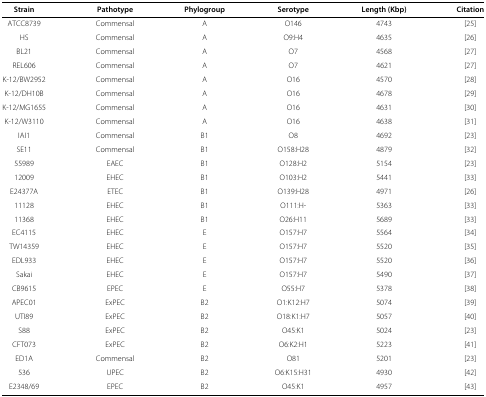
<table><thead><tr><td><b>Strain</b></td><td><b>Pathotype</b></td><td><b>Phylogroup</b></td><td><b>Serotype</b></td><td><b>Length (Kbp)</b></td><td><b>Citation</b></td></tr></thead><tbody><tr><td>ATCC8739</td><td>Commensal</td><td>A</td><td>O146</td><td>4743</td><td>[25]</td></tr><tr><td>HS</td><td>Commensal</td><td>A</td><td>O9:H4</td><td>4635</td><td>[26]</td></tr><tr><td>BL21</td><td>Commensal</td><td>A</td><td>O7</td><td>4568</td><td>[27]</td></tr><tr><td>REL606</td><td>Commensal</td><td>A</td><td>O7</td><td>4621</td><td>[27]</td></tr><tr><td>K-12/BW2952</td><td>Commensal</td><td>A</td><td>O16</td><td>4570</td><td>[28]</td></tr><tr><td>K-12/DH10B</td><td>Commensal</td><td>A</td><td>O16</td><td>4678</td><td>[29]</td></tr><tr><td>K-12/MG1655</td><td>Commensal</td><td>A</td><td>O16</td><td>4631</td><td>[30]</td></tr><tr><td>K-12/W3110</td><td>Commensal</td><td>A</td><td>O16</td><td>4638</td><td>[31]</td></tr><tr><td>IAI1</td><td>Commensal</td><td>B1</td><td>O8</td><td>4692</td><td>[23]</td></tr><tr><td>SE11</td><td>Commensal</td><td>B1</td><td>O158:H28</td><td>4879</td><td>[32]</td></tr><tr><td>55989</td><td>EAEC</td><td>B1</td><td>O128:H2</td><td>5154</td><td>[23]</td></tr><tr><td>12009</td><td>EHEC</td><td>B1</td><td>O103:H2</td><td>5441</td><td>[33]</td></tr><tr><td>E24377A</td><td>ETEC</td><td>B1</td><td>O139:H28</td><td>4971</td><td>[26]</td></tr><tr><td>11128</td><td>EHEC</td><td>B1</td><td>O111:H-</td><td>5363</td><td>[33]</td></tr><tr><td>11368</td><td>EHEC</td><td>B1</td><td>O26:H11</td><td>5689</td><td>[33]</td></tr><tr><td>EC4115</td><td>EHEC</td><td>E</td><td>O157:H7</td><td>5564</td><td>[34]</td></tr><tr><td>TW14359</td><td>EHEC</td><td>E</td><td>O157:H7</td><td>5520</td><td>[35]</td></tr><tr><td>EDL933</td><td>EHEC</td><td>E</td><td>O157:H7</td><td>5520</td><td>[36]</td></tr><tr><td>Sakai</td><td>EHEC</td><td>E</td><td>O157:H7</td><td>5490</td><td>[37]</td></tr><tr><td>CB9615</td><td>EPEC</td><td>E</td><td>O55:H7</td><td>5378</td><td>[38]</td></tr><tr><td>APEC01</td><td>ExPEC</td><td>B2</td><td>O1:K12:H7</td><td>5074</td><td>[39]</td></tr><tr><td>UTI89</td><td>ExPEC</td><td>B2</td><td>O18:K1:H7</td><td>5057</td><td>[40]</td></tr><tr><td>S88</td><td>ExPEC</td><td>B2</td><td>O45:K1</td><td>5024</td><td>[23]</td></tr><tr><td>CFT073</td><td>ExPEC</td><td>B2</td><td>O6:K2:H1</td><td>5223</td><td>[41]</td></tr><tr><td>ED1A</td><td>Commensal</td><td>B2</td><td>O81</td><td>5201</td><td>[23]</td></tr><tr><td>536</td><td>UPEC</td><td>B2</td><td>O6:K15:H31</td><td>4930</td><td>[42]</td></tr><tr><td>E2348/69</td><td>EPEC</td><td>B2</td><td>O45:K1</td><td>4957</td><td>[43]</td></tr></tbody></table>